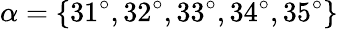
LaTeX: \alpha=\{ 31^{\circ},32^{\circ},33^{\circ},34^{\circ},35^{\circ}\}